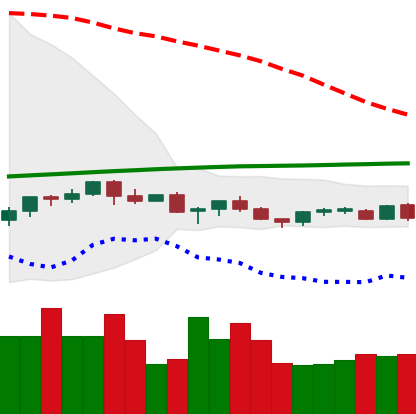
Ticker: TRX-USD
Chart end date: 2021-06-18
Forward return: -19.921%
Label: down_7plus